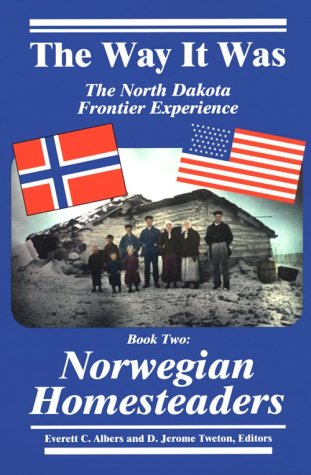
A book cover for The Way It Was: The North Dakota Frontier Experience -  Book Two: Norwegian Homesteaders; J. Tweton; Biographies & Memoirs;